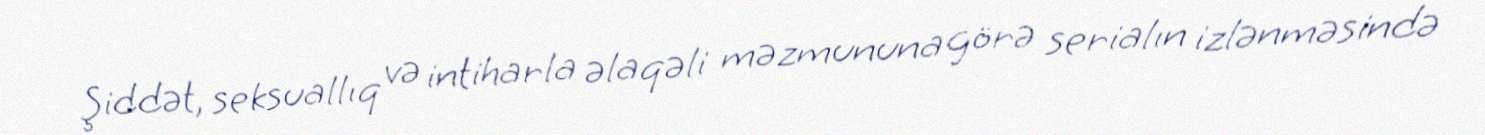
Şiddət, seksuallıq və intiharla əlaqəli məzmununa görə serialın izlənməsində